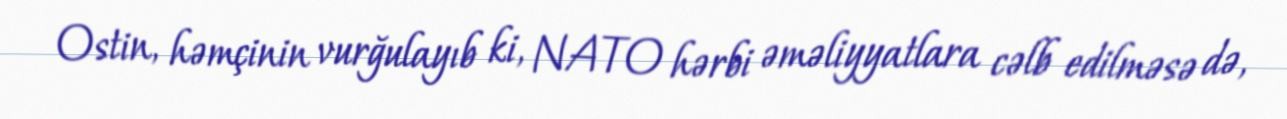
Ostin, həmçinin vurğulayıb ki, NATO hərbi əməliyyatlara cəlb edilməsə də,